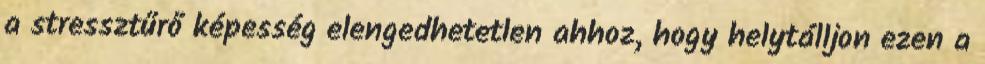
a stressztűrő képesség elengedhetetlen ahhoz, hogy helytálljon ezen a